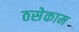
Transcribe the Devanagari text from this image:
ठसेकाम